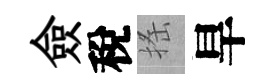
僉稅搖旱